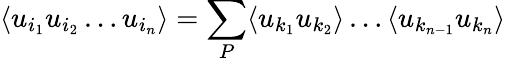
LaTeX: \langle u_{i_{1}}u_{i_{2}}\dots u_{i_{n}}\rangle=\sum_{P}\langle u_{k_{1}}u_{k_{2}}\rangle\dots\langle u_{k_{n-1}}u_{k_{n}}\rangle